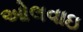
ઓલવાઇ